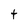
Character: t